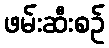
ဖမ်းဆီးစဉ်